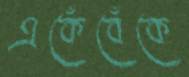
একেঁবেঁকে